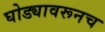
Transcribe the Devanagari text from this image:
घोड्यावरूनच